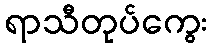
ရာသီတုပ်ကွေး